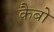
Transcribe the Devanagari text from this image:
कैबो